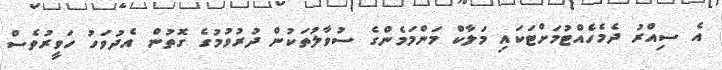
އެ ސިއްރު ދެމެހެއްޓުމަށްޓަކައި މަލާކް މަންމަމެންގެ ސުވާލުތަކުން ދުރުވުމުގެ ގޮތުން އެދުވަހު ހަވީރުވެސް